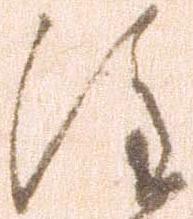
注